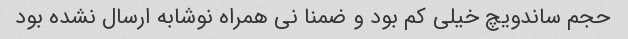
حجم ساندویچ خیلی کم بود و ضمنا نی همراه نوشابه ارسال نشده بود